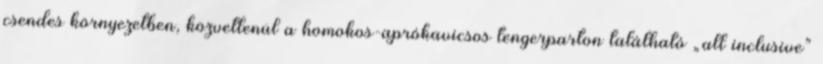
csendes környezetben, közvetlenül a homokos-aprókavicsos tengerparton található „all inclusive”